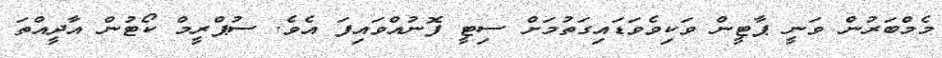
މެމްބަރުން ވަނީ ޕާޓީން ވަކިވެވަޑައިގަތުމަށް ސިޓީ ފޮނުއްވައިފަ އެވެ. ސުޕްރީމް ކޯޓުން އާދީއްތަ